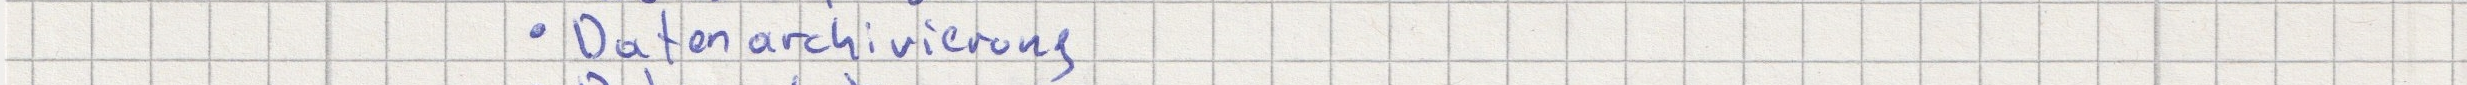
- Datenarchivierung